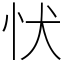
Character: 𢗗